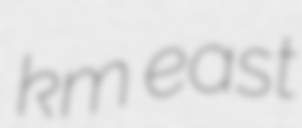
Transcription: km east